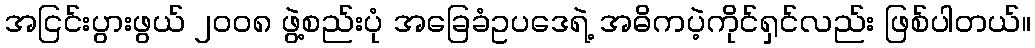
အငြင်းပွားဖွယ် ၂၀၀၈ ဖွဲ့စည်းပုံ အခြေခံဥပဒေရဲ့ အဓိကပဲ့ကိုင်ရှင်လည်း ဖြစ်ပါတယ်။